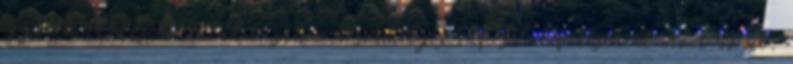
együttműködések kialakításához a személyes kapcsolatépítésen át vezet az út.